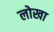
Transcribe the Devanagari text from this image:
लोखा